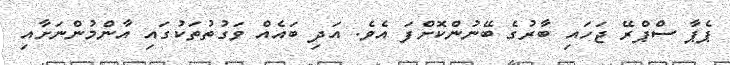
ޕެޕާ ސްޕްރޭ ޖަހައި ބާރުގެ ބޭނުންކޮށްފަ އެވެ. އަދި ބައެއް ވަގުތުތަކުގައި އާންމުންނަށާއި